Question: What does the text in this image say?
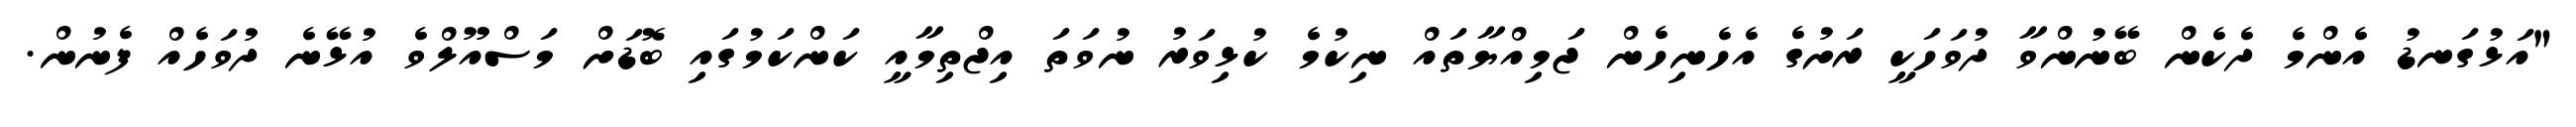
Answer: "އަޅުގަނޑު އެންމެ ދެކެން ބޭނުންވާ ދުވަހަކީ ރަށުގެ އެހެނިހެން ޖަމިއްޔާތައް ނިކުމެ ކުޅިވަރު ނުވަތަ އިޖްތިމާއީ ކަންކަމުގައި ބޮޑަށް މަސްއޫލްވެ އުޅޭނެ ދުވަހެއް ފެނުން.